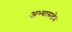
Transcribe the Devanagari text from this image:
अभ्यासक्षेत्र